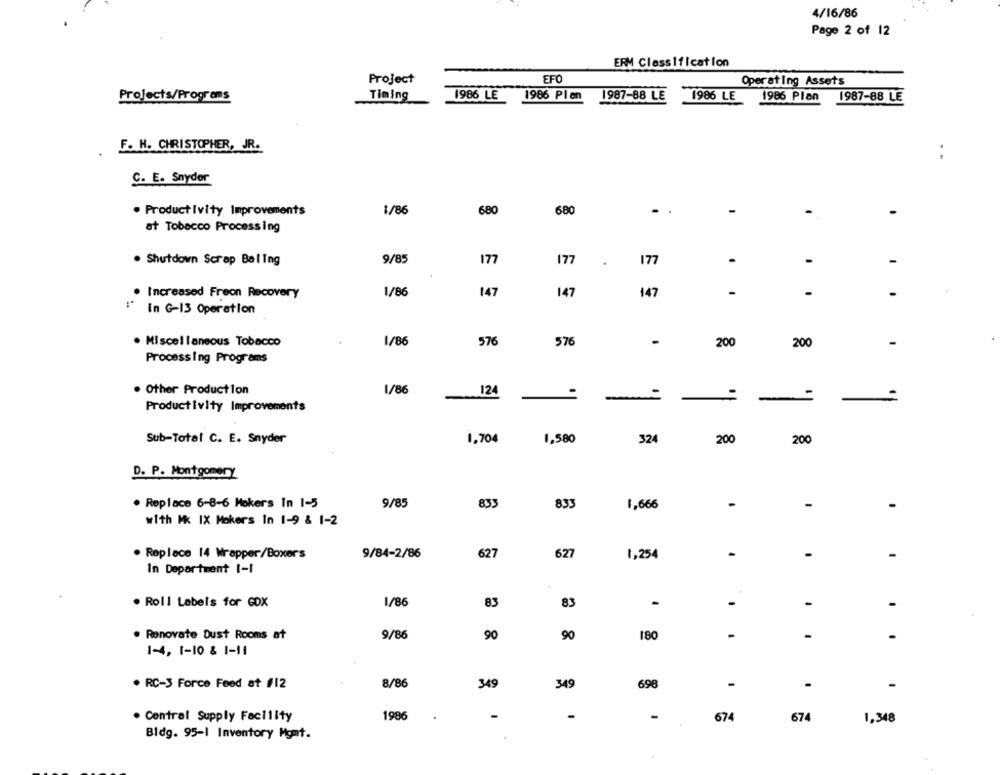
4/16/86
Page 2 of 12
ERM Classification
EFC
Project
Operating Assets
Projects/Programs
Timing
1986 LE
1986 Plen
1987-88 LE
1986 LE
1986 Plan
1987-88 LE
F. H. CHRISTOPHER, JR.
C. E. Snyder
. ProductIvity Improvements
1/86
680
680
.
at Tobacco Processing
. Shutdown Scrap Baling
9/85
177
177
177
Increased Freon Recovery
1/86
147
147
147
-
In G-13 Operation
. Miscellaneous Tobacco
1/86
576
576
-
-
200
200
Processing Programs
. Other Production
1/86
124
-
-
-
Productivity Improvements
Sub-Total C. E. Snyder
1,704
1,580
324
200
200
D. P. Montgomery
. Replace 6-8-6 Mokers In 1-5
9/85
833
833
-
-
-
1,666
with Mk IX Makers In 1-9 & 1-2
. Replace 14 Wrapper/Boxers
9/84-2/86
627
627
1,254
-
In Department 1-1
. Roll Labels for GOX
1/86
83
83
-
-
-
. Renovate Dust Rooms at
9/86
90
90
180
-
-
1-4, 1-10 & 1-11
8/86
349
. RC-3 Force Feed at #12
349
698
-
-
-
. Central Supply Facility
1986
674
674
1,348
Bidg. 95-1 Inventory Mgmt.